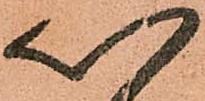
以